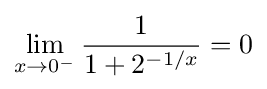
\lim _{x\to 0^{-}}{\frac {1}{1+2^{-1/x}}}=0